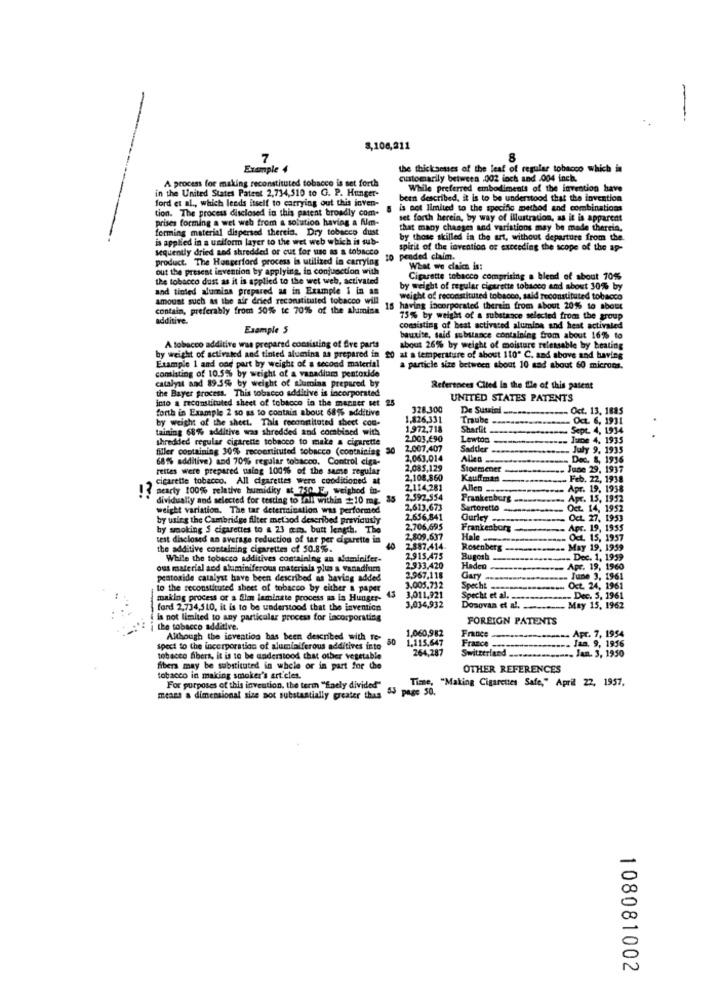
-
8,106,211
7
8
Example 4
the thicknesses of the leaf of regular tobacco which in
A process for making reconstituted tobacco is set forth
customarily between .002 inch and 004 inch.
in the United States Patent 2,714,510 to G. P. Hunger-
While preferred embodiments of the invention have
ford et al ., which lends itself to carrying out this inven-
been described. it is to be understood that the invention
tion. The process disclosed in this patent broadly com-
is not limited to the specific method and combinations
prises forming a wet web from a solution having a film-
set forth herein, by way of illustration, as it is apparent
forming material dispersed thereis. Dry tobacco dust
that many changes and variations may be made thereis.
is applied in a uniform layer to the wet web which is sub-
by those skilled in the art, without departure from the.
sequently dried and shredded or cut for use as a tobacco
spirit of the invention of exceeding the scope of the ap-
product. The Hungerford process is utilized in carrying
10 pended claim.
out the present invention by applying, in conjunction with
What we cain is:
the tobacco dust as it is applied to the wet web, activated
Cigarette tobacco comprising a blend of about 70%%
and tinted alumina prepared as in Example I in as
by weight of regular cigarette tobacco and about 30% by
amount such as the air dried reconstituted tobacco will
weight of reconstituted tobacco, said reconstituted tobacco
contain, preferably from 50% tc 70% of the alumina
15
15 having incorporated therein from about 20% to about
additive.
75% by weight of a substance selected from the group
Example 5
consisting of best activated alumina and heat activated
bauxite, said substance containing from about 16% to
A tobacco additive was prepared consisting of fre parts
about 26% by weight of moisture reletsable by beating
by weight of activated and tinted alumina as prepared in 20 at a temperature of about 110" C. and above and having
by weight of activated and tinted alumina as prepared in
Example 1 and one part by weight of a second material
consisting of 10.5% by weight of a vanadium pentoxide
a particle size between about 10 sad about 60 microns.
the Bayer process. This tobacco additive is incorporated
catalyst and 89.5% by weight of alumina prepared by
References Clied In the Ble of this pasent
into a reconstituted sheet of tobacco in the manser set 25
UNITED STATES PATENTS
forth in Example 2 so as to contain about 68% additive
328.300
De Sussind
Oct. 13. 1885
by weight of the sheet. This reconstituted sheet con-
1,826,331
Traube -
OCL 6, 1931
taining 68% additive was shredded and combined with
1,972,718
Sharlit -----
Sept. 4, 1934
shredded regular cigarette tobacco to make a cigarette
2.001,690
Lewtoo
June 4, 1935
filler containing 30% reconstituted tobacco (containing 30
2,007,407
Saddler
July 9, 1935
68% additive) and 70% regular tobacco. Control ciga-
2,063.014
Allen-
Dec. 8, 1936
rettes were prepared using 100% of the same regular
2,085,129
Stoemener
June 29, 1937
cigarette tobacco. All cigarettes were conditioned at
2,108.860
Kauffman
Feb. 22, 1938
! ? seacty 100% relative humidity at 750 E, weighed to-
2.114,281
Allen
Apr. 19, 1938
dividually and selected for testing to ifill within $10 mg.
35
2.592.554
Frankenberg ...
Apr. 15, 1952
weight variation. The tar determination was performed
2,613,673
Sartoretto ---
OEt.
14, 1952
by using the Cambridge filter met sod described previously
2.656,841
Gurley ---
Oct. 27, 1953
by smoking S cigarettes to a 23 mm. butt length. The
2,706,695
Frankenborg
Apr. 19, 1955
test disclosed an average reduction of tar per cigarette in
2,809,637
Hale
Oct. 15, 1957
the additive containing cigarettes of 50.8%.
40
2,887.414
Rosenberg.
May 19. 1959
While the tobacco additives containing an aluminifer-
2,915,475
Bugosh
- Dec. 1, 1959
ous material and aluminiferous materials plus a vanadium
2,933.420
Hadco
Apr. 19, 1960
peatoaide catalyst have been described as having added
2,967,118
Gary ..
Tune 3, 1961
to the reconstituted sheet of tobacco by either a paper
45
3,005,732
Specht
Oct. 24, 1961
making process or a film laminste process as is Hunger-
3,011,921
Specht et al. ..
- Dec. 5. 1961
ford 2,734,510, it is to be understood that the invention
3,034,932
Donovan et al.
May 15. 1962
is not limited to any particular process for incorporating
FOREIGN PATENTS
i the tobacco additive.
1,060,982
France
Apr. 7, 1954
Although the invention has been described with To-
50
1.115,647
France
Jan. 9, 1956
spect to the incorporation of alumiaiferous additives into
264,287
tobacco fibers, it is to be understood that other vegetable
Switzerland -...
. Jan. 3, 1950
fibers may be substituted in whole or in part for the
OTHER REFERENCES
tobacco in making smoker's articles.
Time, "Making Cigarettes Safe," April 22, 1957.
For purposes of this invention, the term "faely divided"
50 page 50.
means a dimensional size pot substantially greater than
108081002